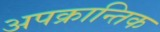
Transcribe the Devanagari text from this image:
अपक्रान्तिक